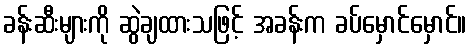
ခန်းဆီးများကို ဆွဲချထားသဖြင့် အခန်းက ခပ်မှောင်မှောင်။